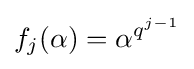
f_{j}(\alpha )=\alpha ^{q^{j-1}}